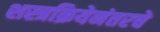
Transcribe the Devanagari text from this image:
शस्त्रक्रियेनंतरचे